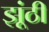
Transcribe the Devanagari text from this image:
झूंठी